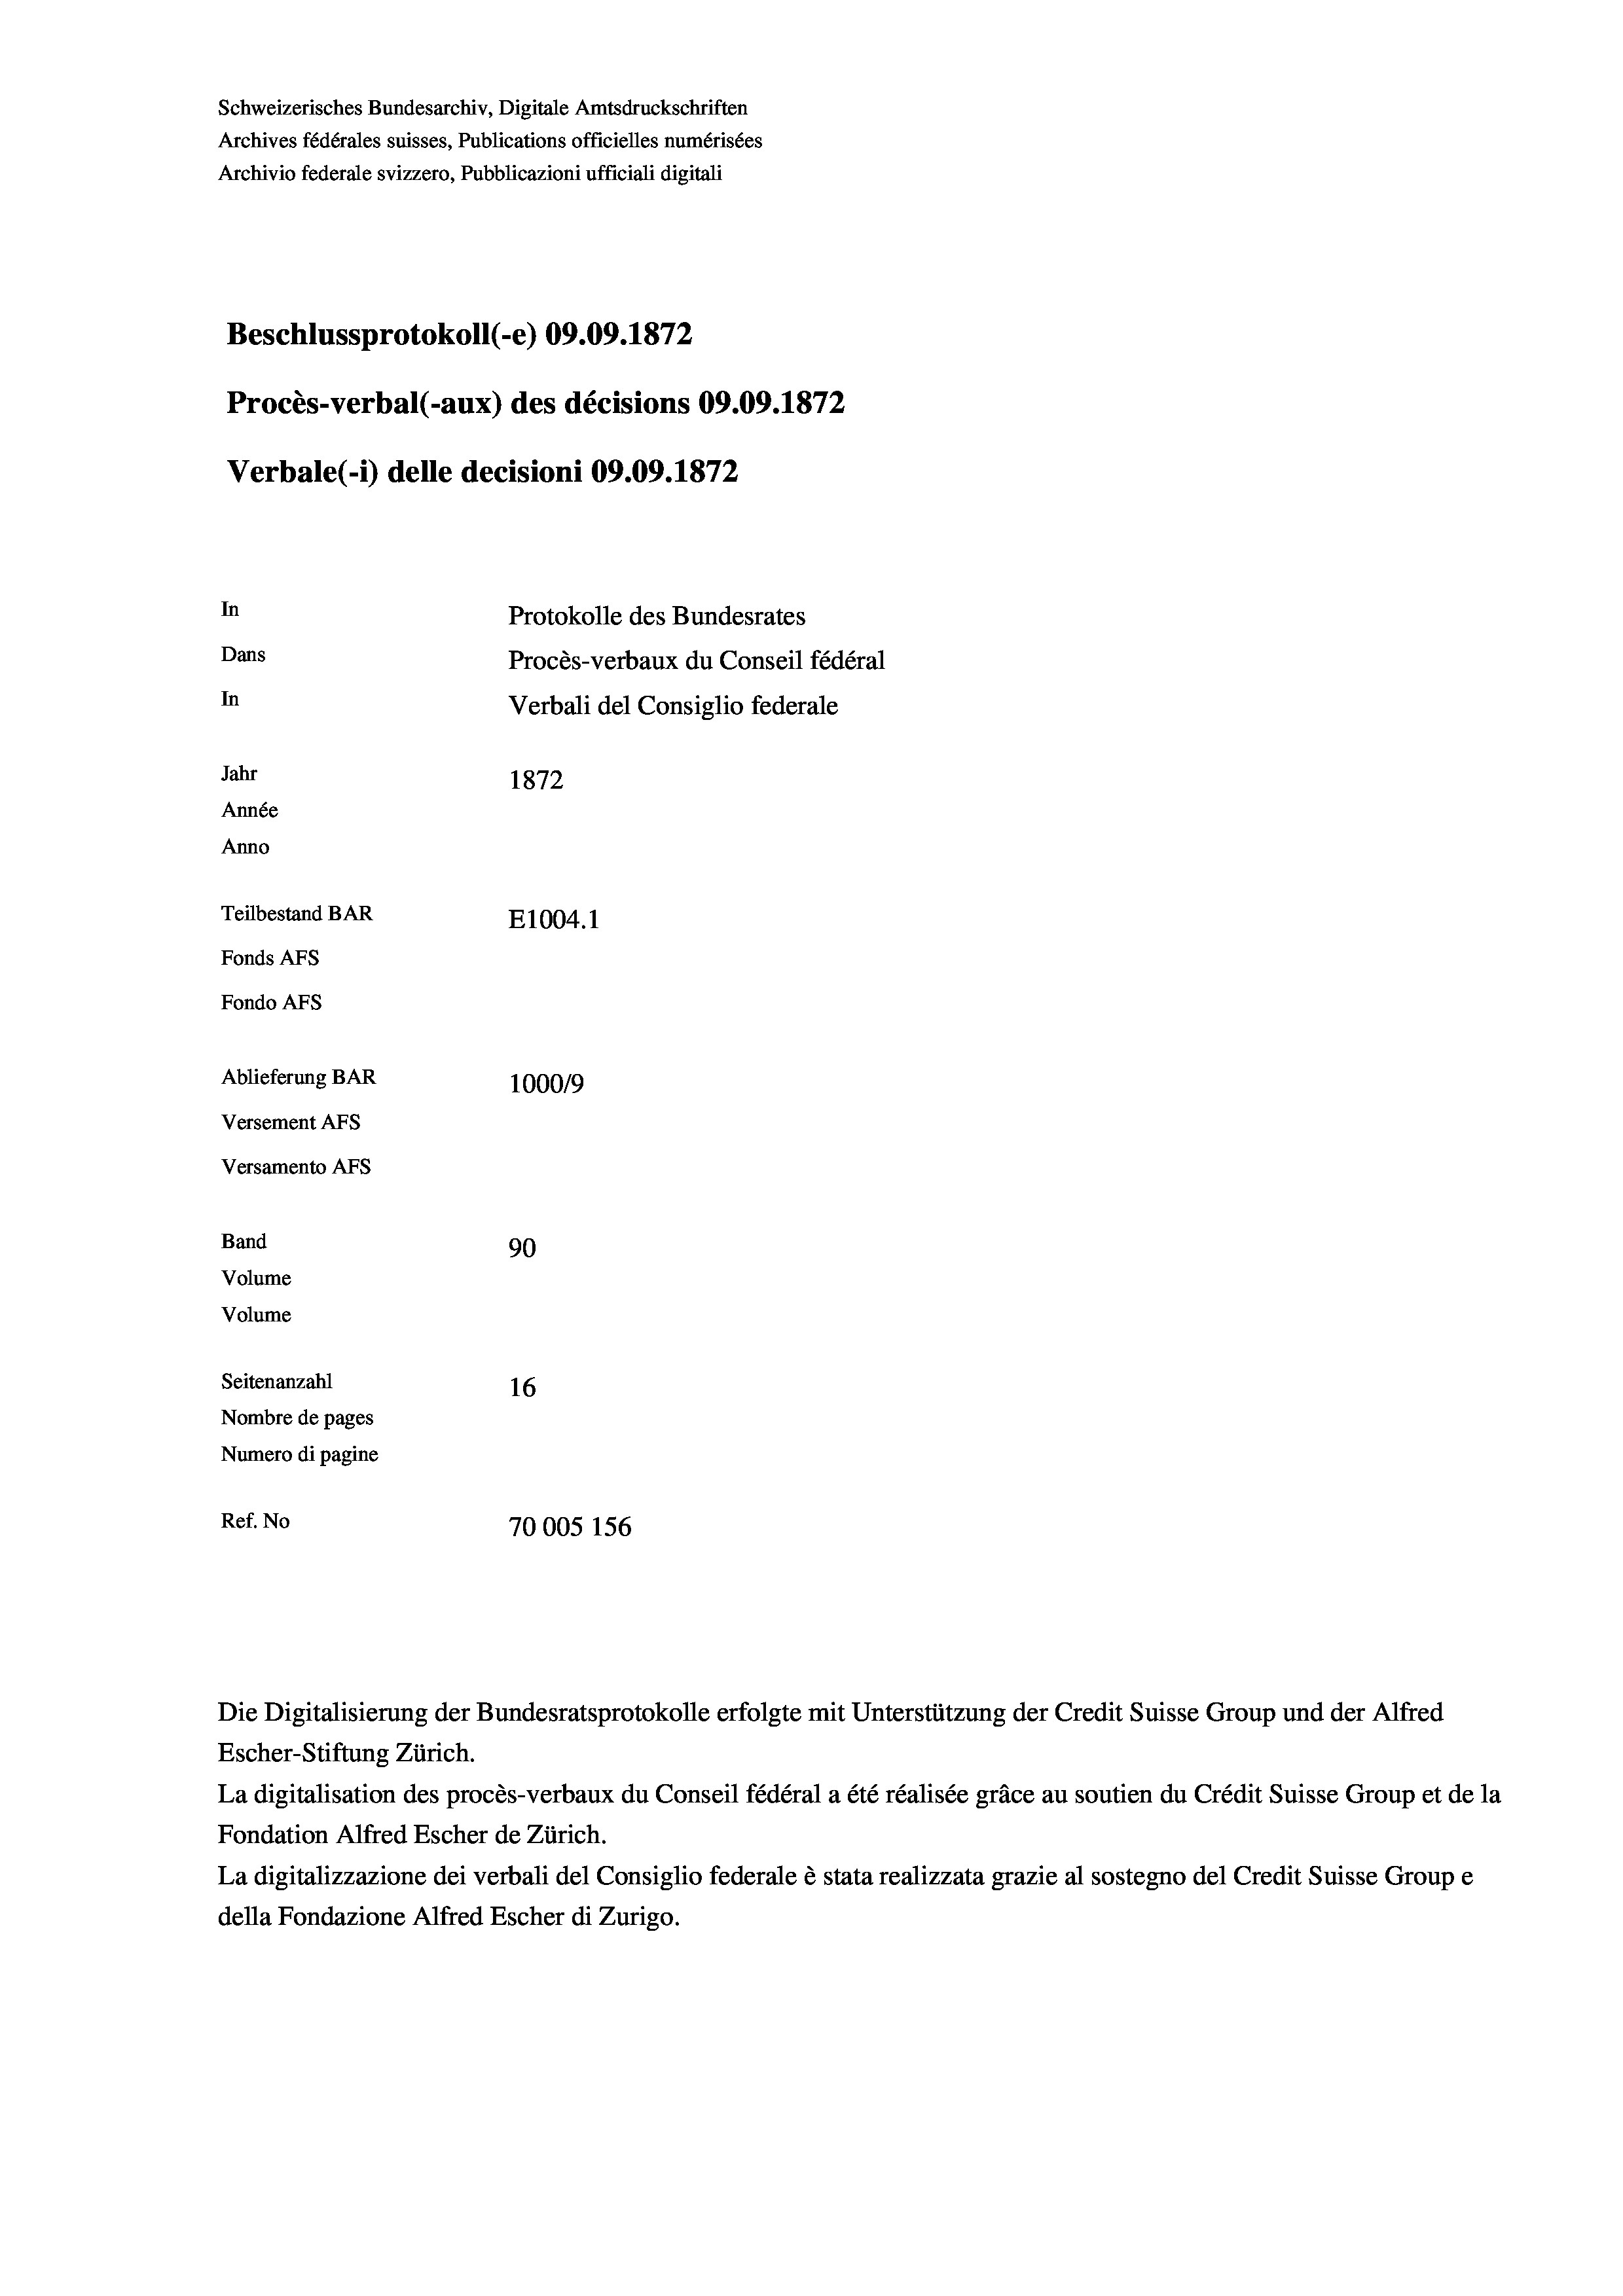
Schweizerisches Bundesarchiv, Digitale Amtsdruckschriften
Archives fédérales suisses, Publications officielles numérisées
Archivio federale svizzero, Pubblicazioni ufficiali digitali
Beschlussprotokoll (-e) 09.09. 1872
Procès-verbal (-aux) des décisions 09.09. 1872
Verbale(-*) delle decisioni 09.09. 1872
In
Protokolle des Bundesrates
Dans
Procès-verbaux du Conseil fédéral
In
Verbali del Consiglio federale
Jahr
1872
Année
Anno
Teilbestand BAR
E1004.1
Fonds AFs
Fondo AFs
Ablieferung BAR
1000/9
Versement Abs
Versamento Afs
Band
90
Volume
Volume
Seitenanzahl
16
Nombre de pages
Numero di pagine
Ref. No
70005 156

Escher-Stiftung Zürich.
La digitalisation des procès-verbaux du Conseil fédéral a été réalisée gräce au soutien du Crédit Suisse Group et de la
Fondation Alfred Escher de Zürich.
La digitalizzazione dei verbali del Consiglio federale è stata realizzata grazie al sostegno del Credit Suisse Groupe
della Fondazione Alfred Escher di Zurigo.

Die Digitalisierung der Bundesratsprotokolle erfolgte mit Unterstützung der Credit Suisse Group und der Alfred